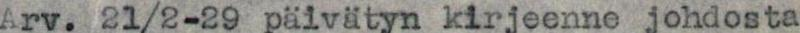
Arv. 21/2-29 päivätyn kirjeenne johdosta